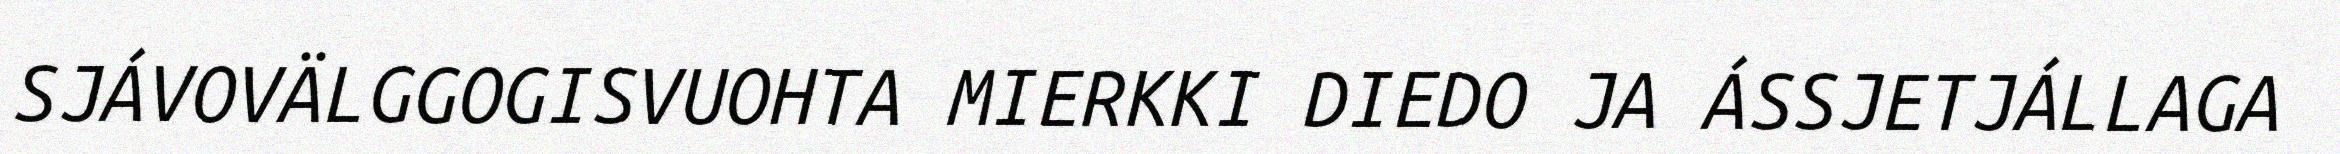
SJÁVOVÄLGGOGISVUOHTA MIERKKI DIEDO JA ÁSSJETJÁLLAGA